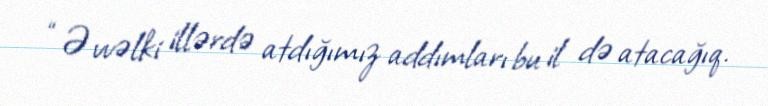
“Əvvəlki illərdə atdığımız addımları bu il də atacağıq.